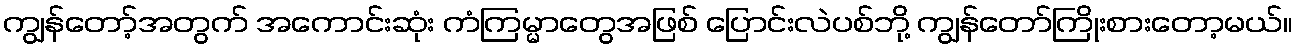
ကျွန်တော့်အတွက် အကောင်းဆုံး ကံကြမ္မာတွေအဖြစ် ပြောင်းလဲပစ်ဘို့ ကျွန်တော်ကြိုးစားတော့မယ်။